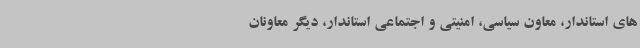
های استاندار، معاون سیاسی، امنیتی و اجتماعی استاندار، دیگر معاونان